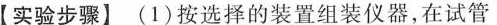
【实验步骤】(1)按选择的装置组装仪器，在试管